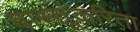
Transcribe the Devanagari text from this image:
वास्तूंकरिता